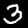
Label: 3